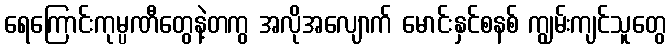
ရေကြောင်းကုမ္ပဏီတွေနဲ့တကွ အလိုအလျောက် မောင်းနှင်စနစ် ကျွမ်းကျင်သူတွေ